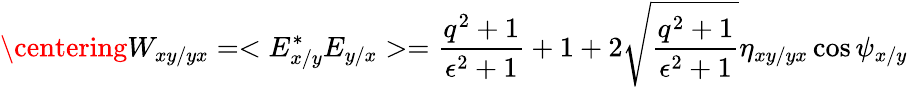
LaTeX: \centering W_{xy/yx}=<E_{x/y}^{*}E_{y/x}>=\frac{q^{2}+1}{\epsilon^{2}+1}+1+2\sqrt{\frac{q^{2}+1}{\epsilon^{2}+1}}\eta_{xy/yx}\cos{\psi_{x/y}}